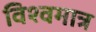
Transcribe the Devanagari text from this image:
विश्वमात्र